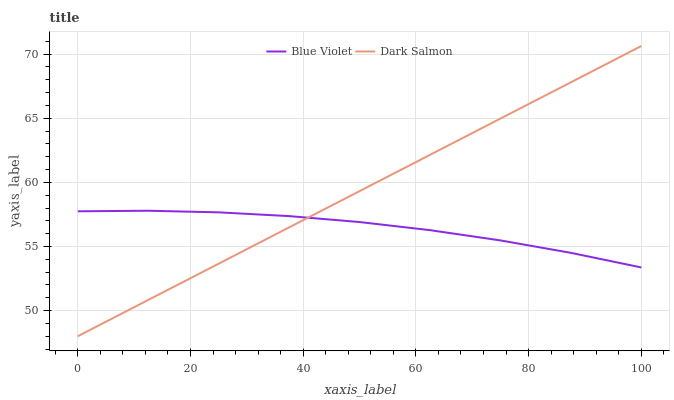
| xaxis_label | Blue Violet | Dark Salmon |
 | --- | --- | --- |
 | 0 | 57.7 | 48 |
 | 12.5 | 57.8 | 50.8 |
 | 25 | 57.7 | 53.7 |
 | 37.5 | 57.4 | 56.5 |
 | 50 | 56.9 | 59.3 |
 | 62.5 | 56.3 | 62.1 |
 | 75 | 55.5 | 65 |
 | 87.5 | 54.5 | 67.8 |
 | 100 | 53.4 | 70.6 |